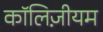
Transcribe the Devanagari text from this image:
कॉलिज़ीयम